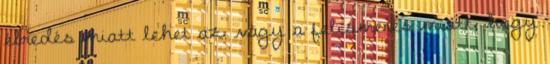
ébredés miatt lehet az, vagy a felismerés miatt, hogy